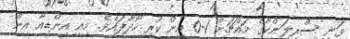
ވަނީ ސްރީލަންކާގެ މައްޗަށް 1-0 އިން ކުރި ހޯދާފައެވެ. މިއީ އިންޑިއާ އިން